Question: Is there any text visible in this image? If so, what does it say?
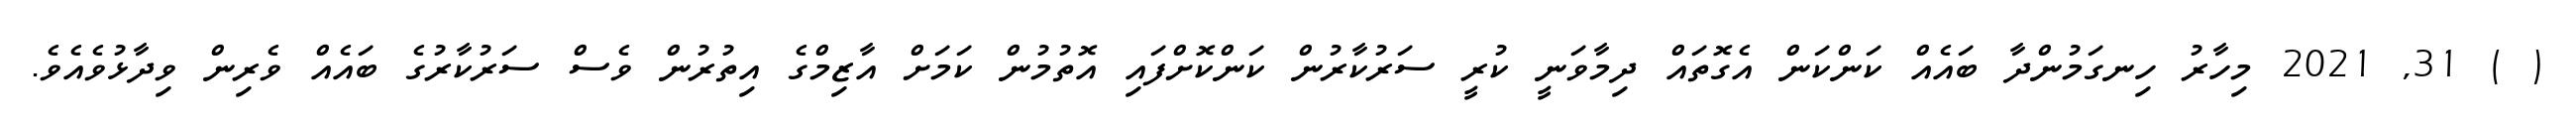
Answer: ( ) 31, 2021 މިހާރު ހިނގަމުންދާ ބައެއް ކަންކަން އެގޮތައް ދިމާވަނީ ކުރީ ސަރުކާރުން ކަންކޮށްފައި އޮތުމުން ކަމަށް އާޒިމްގެ އިތުރުން ވެސް ސަރުކާރުގެ ބައެއް ވެރިން ވިދާޅުވެއެވެ.